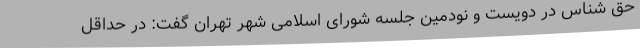
حق شناس در دویست و نودمین جلسه شورای اسلامی شهر تهران گفت: در حداقل